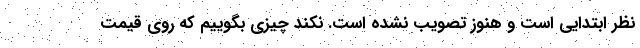
نظر ابتدایی است و هنوز تصویب نشده است. نکند چیزی بگوییم که روی قیمت